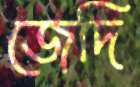
জেদি